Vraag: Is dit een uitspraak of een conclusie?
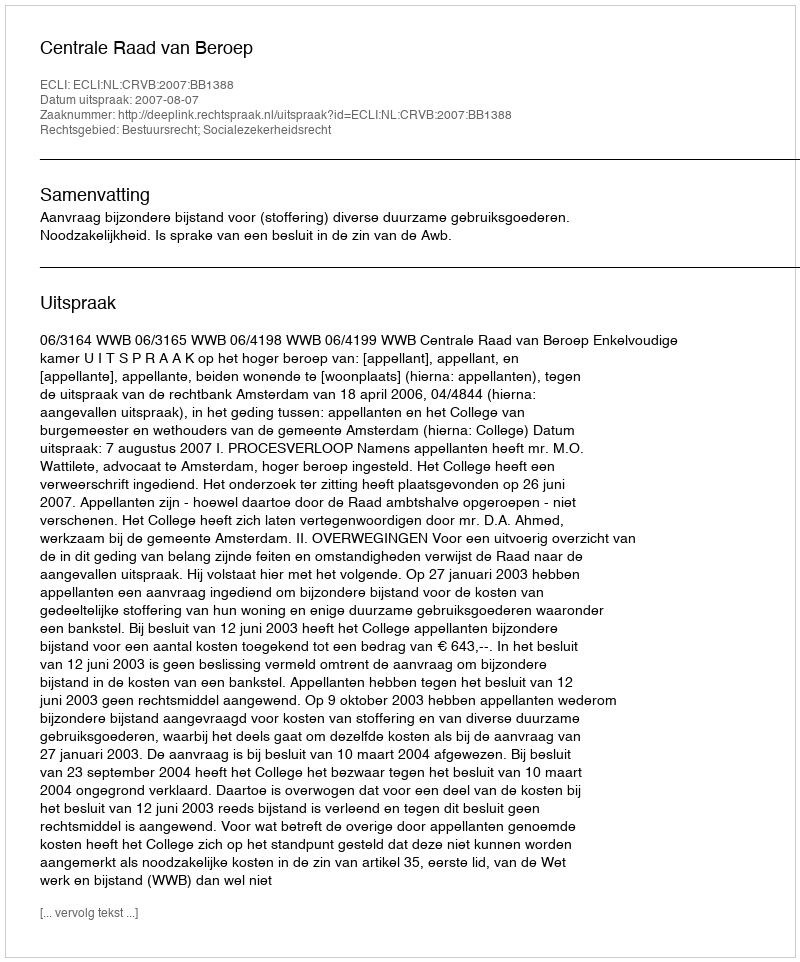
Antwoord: Uitspraak